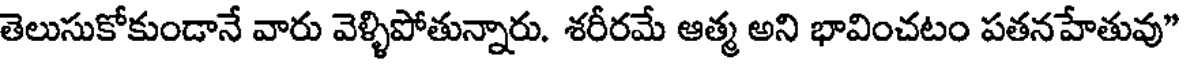
తెలుసుకోకుండానే వారు వెళ్ళిపోతున్నారు. శరీరమే ఆత్మ అని భావించటం పతనహేతువు"